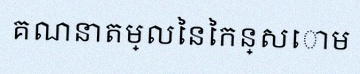
គណនាតម្លៃនៃកន្សោម